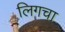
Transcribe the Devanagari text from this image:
लिगचा